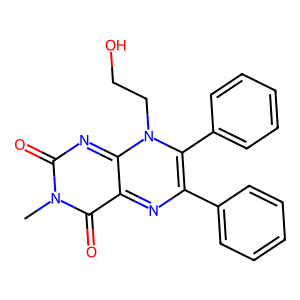
SMILES: Cn1c(=O)nc2n(CCO)c(-c3ccccc3)c(-c3ccccc3)nc-2c1=O
Inhibits HIV replication: No